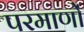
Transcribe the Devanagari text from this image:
परमाणों